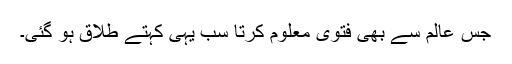
جس عالم سے بھی فتویٰ معلوم کرتا سب یہی کہتے طلاق ہو گئی۔